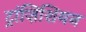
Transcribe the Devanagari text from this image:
ट्रांज़िशियन